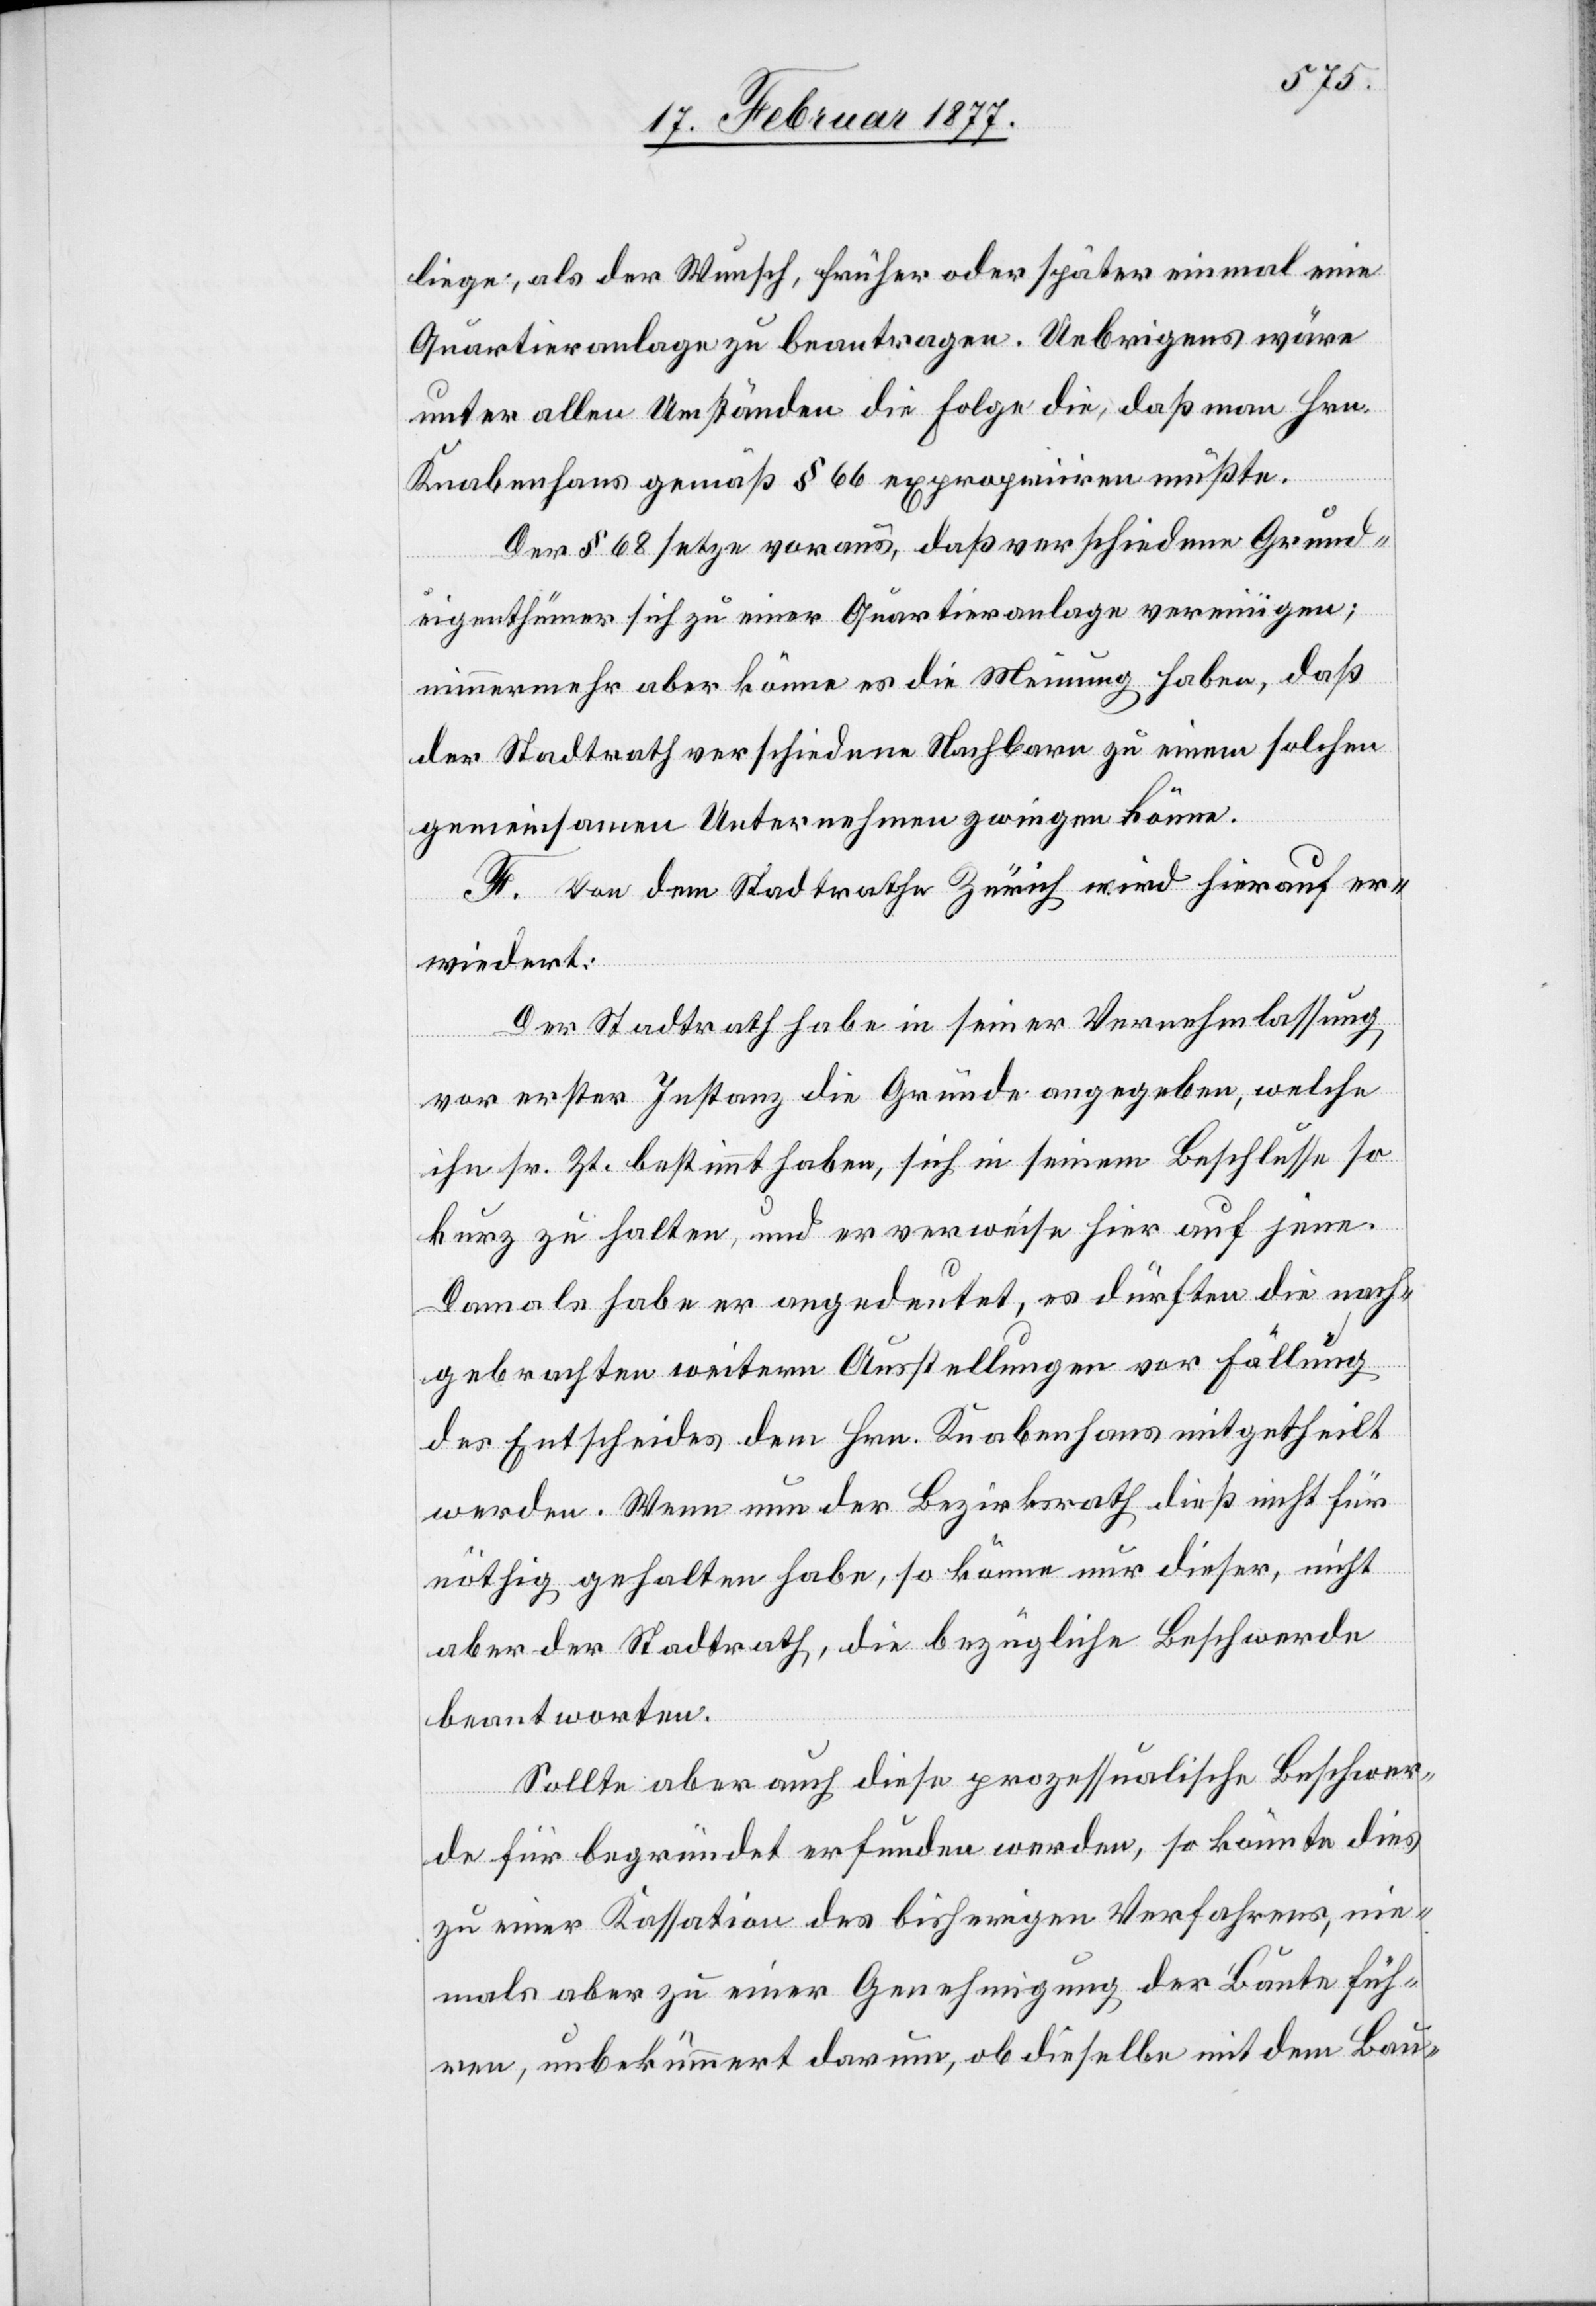
liege, als der Wunsch, früher oder später einmal eine
Quartieranlage zu beantragen. Uebrigens wäre
unter allen Umständen die Folge die, daß man Hrn.
Knabenhans gemäß § 66 expropriiren müßte.
Der § 68 setze voraus, daß verschiedene Grund¬
eigenthümer sich zu einer Quartieranlage vereinigen;
nimmermehr aber könne es die Meinung haben, daß
der Stadtrath verschiedene Nachbarn zu einem solchen
gemeinsamen Unternehmen zwingen könne.
F. Von dem Stadtrath Zürich wird hierauf er¬
wiedert:
Der Stadtrath habe in seiner Vernehmlassung
vor erster Instanz die Gründe angegeben, welche
ihn sr. Zt. bestimmt haben, sich in seinem Beschlusse so
kurz zu halten, und er verweise hier auf jene.
Damals habe er angedeutet, es dürften die nach¬
gebrachten weitern Ausstellungen vor Fällung
des Entscheides dem Hrn. Knabenhans mitgetheilt
werden. Wenn nun der Bezirksrath dieß nicht für
nöthig gehalten habe, so könne nur dieser, nicht
aber der Stadtrath, die bezügliche Beschwerde
beantworten.
Sollte aber auch diese prozessualische Beschwer¬
de für begründet erfunden werden, so könnte dies
zu einer Kassation des bisherigen Verfahrens, nie¬
mals aber zu einer Genehmigung der Baute füh¬
ren, unbekümmert darum, ob dieselbe mit dem Bau-